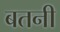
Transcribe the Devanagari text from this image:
बतनी